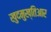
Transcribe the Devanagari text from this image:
खुदमुख्तिआर